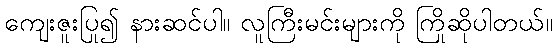
ကျေးဇူးပြု၍ နားဆင်ပါ။ လူကြီးမင်းများကို ကြိုဆိုပါတယ်။